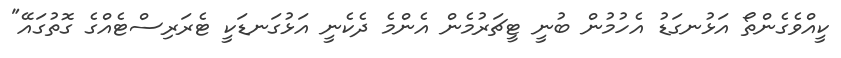
ކީއްވެގެންތޯ އަޅުނގަޑު އެހުމުން ބުނީ ޓީޗަރުމެން އެންމެ ދެކެނީ އަޅުގަނޑަކީ ޓެރަރިސްޓެއްގެ ގޮތުގައޭ"